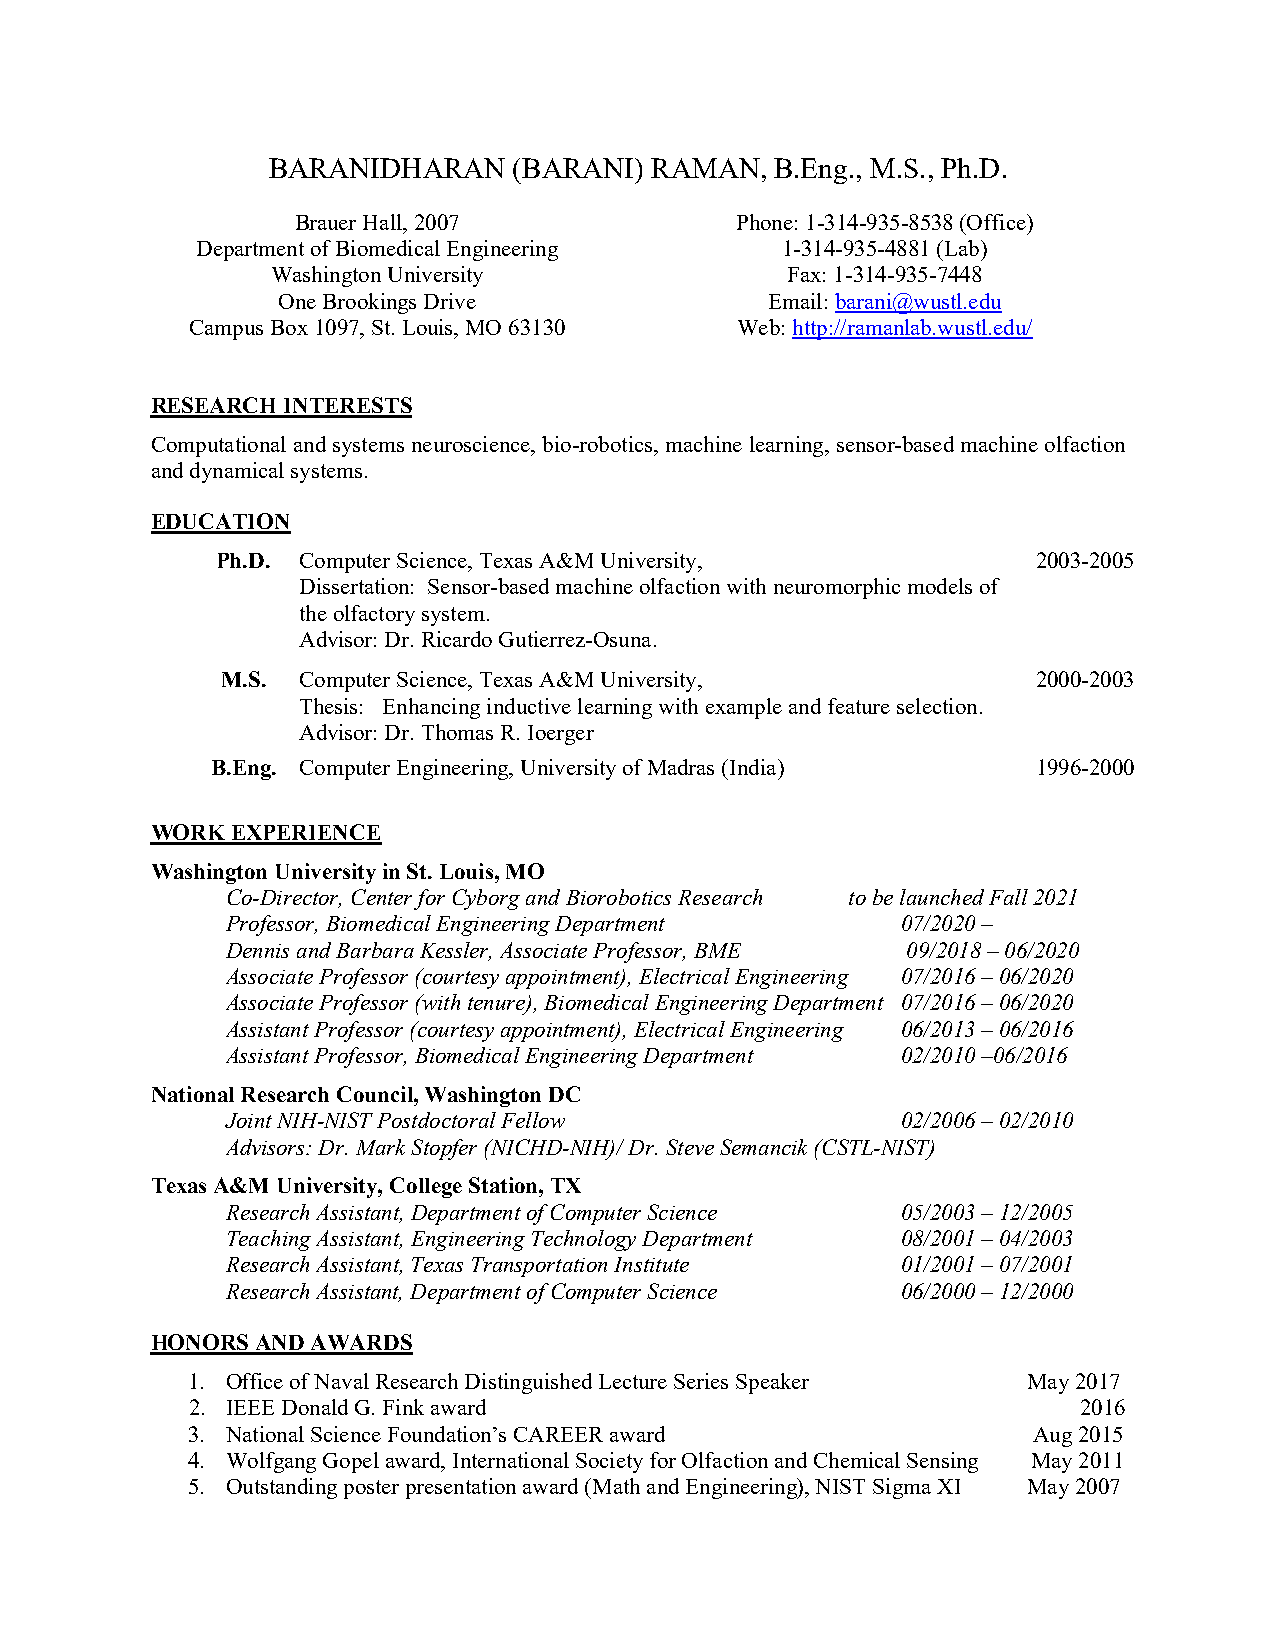
BARANIDHARAN    (BARANI) RAMAN,  B.Eng., M.S., Ph.D.
 Brauer Hall, 2007            Phone: 1-314-935-8538 (Office)
 Department of Biomedical Engineering   1-314-935-4881 (Lab)
 Washington University             Fax: 1-314-935-7448
 One Brookings Drive              Email: barani@wustl.edu
 Campus Box 1097, St. Louis, MO 63130 Web: http://ramanlab.wustl.edu/
 RESEARCH INTERESTS
 Computational and systems neuroscience, bio-robotics, machine learning, sensor-based machine olfaction
 and dynamical systems.
 EDUCATION
 Ph.D. Computer Science, Texas A&M University,          2003-2005
 Dissertation: Sensor-based machine olfaction with neuromorphic models of
 the olfactory system.
 Advisor: Dr. Ricardo Gutierrez-Osuna.
 M.S. Computer Science, Texas A&M University,          2000-2003
 Thesis: Enhancing inductive learning with example and feature selection.
 Advisor: Dr. Thomas R. Ioerger
 B.Eng. Computer Engineering, University of Madras (India) 1996-2000
 WORK EXPERIENCE
 Washington University in St. Louis, MO
 Co-Director, Center for Cyborg and Biorobotics Research to be launched Fall 2021
 Professor, Biomedical Engineering Department 07/2020 –
 Dennis and Barbara Kessler, Associate Professor, BME 09/2018 – 06/2020
 Associate Professor (courtesy appointment), Electrical Engineering 07/2016 – 06/2020
 Associate Professor (with tenure), Biomedical Engineering Department 07/2016 – 06/2020
 Assistant Professor (courtesy appointment), Electrical Engineering 06/2013 – 06/2016
 Assistant Professor, Biomedical Engineering Department 02/2010 –06/2016
 National Research Council, Washington DC
 Joint NIH-NIST Postdoctoral Fellow           02/2006 – 02/2010
 Advisors: Dr. Mark Stopfer (NICHD-NIH)/ Dr. Steve Semancik (CSTL-NIST)
 Texas A&M University, College Station, TX
 Research Assistant, Department of Computer Science 05/2003 – 12/2005
 Teaching Assistant, Engineering Technology Department 08/2001 – 04/2003
 Research Assistant, Texas Transportation Institute 01/2001 – 07/2001
 Research Assistant, Department of Computer Science 06/2000 – 12/2000
 HONORS AND AWARDS
 1. Office of Naval Research Distinguished Lecture Series Speaker May 2017
 2. IEEE Donald G. Fink award                               2016
 3. National Science Foundation’s CAREER award           Aug 2015
 4. Wolfgang Gopel award, International Society for Olfaction and Chemical Sensing May 2011
 5. Outstanding poster presentation award (Math and Engineering), NIST Sigma XI May 2007